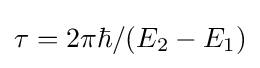
\tau =2\pi \hbar /(E_{2}-E_{1})